Morphology and life history of Herpetomonas culicis, Novy, MacNeal and Torrey - Number 57
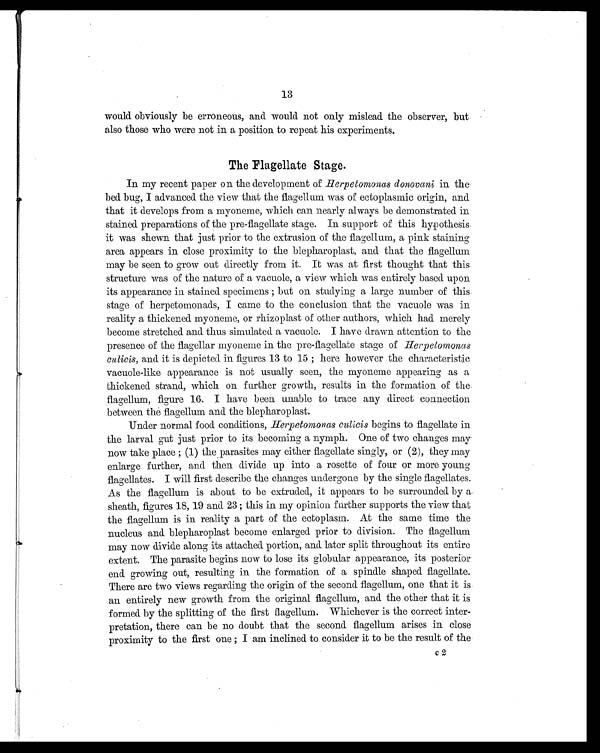
13
would obviously be erroneous, and would not only mislead the observer, but
also those who were not in a position to repeat his experiments.
The Flagellate Stage.
In my recent paper on the development of Herpetomonas donovani in the
bed bug, I advanced the view that the flagellum was of ectoplasmic origin, and
that it develops from a myoneme, which can nearly always be demonstrated in
stained preparations of the pre-flagellate stage. In support of this hypothesis
it was shewn that just prior to the extrusion of the flagellum, a pink staining
area appears in close proximity to the blepharoplast, and that the flagellum
may be seen to grow out directly from it. It was at first thought that this.
structure was of the nature of a vacuole, a view which was entirely based upon
its appearance in stained specimens ; but on studying a large number of this.
stage of herpetomonads, I came to the conclusion that the vacuole was in
reality a thickened myoneme, or rhizoplast of other authors, which had merely
become stretched and thus simulated a vacuole. I have drawn attention to the
presence of the flagellar myoneme in the pre-flagellate stage of H e r p e t o m o n a s
culicis, and it is depicted in figures 13 to 15 ; here however the characteristic
vacuole-like appearance is not usually seen, the myoneme appearing as a
thickened strand, which on further growth, results in the formation of the
flagellum, figure 16. I have been unable to trace any direct connection
between the flagellum and the blepharoplast.
Under normal food conditions, Herpetomonas culicis begins to flagellate in
the larval gut just prior to its becoming a nymph. One of two changes may
now take place ; (1) the parasites may either flagellate singly, or (2), they may
enlarge further, and then divide up into a rosette of four or more young
flagellates. I will first describe the changes undergone by the single flagellates.
As the flagellum is about to be extruded, it appears to be surrounded by a.
sheath, figures 18, 19 and 23; this in my opinion further supports the view that
the flagellum is in reality a part of the ectoplasm. At the same time the
nucleus and blepharoplast become enlarged prior to division. The flagellum
may now divide along its attached portion, and later split throughout its entire
extent. The parasite begins now to lose its globular appearance, its posterior
end growing out, resulting in the formation of a spindle shaped flagellate.
There are two views regarding the origin of the second flagellum, one that it is
an entirely new growth from the original flagellum, and the other that it is
formed by the splitting of the first flagellum. Whichever is the correct inter-
pretation, there can be no doubt that the second flagellum arises in close
proximity to the first one ; I am inclined to consider it to be the result of the
c2